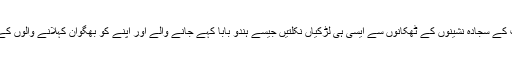
اگر اسلام میں بھی پردہ نہ ہوتا تو ہمارے بزرگوں کی خانقاہوں میں اور بزرگوں کے مزارات کے سجادہ نشینوں کے ٹھکانوں سے ایسی ہی لڑکیاں نکلتیں جیسے ہندو بابا کہے جانے والے اور اپنے کو بھگوان کہلانے والوں کے ڈیرہ سچا سودا یا احمد آباد کے باپ اور بیٹے یا دہلی کے بابا کے محلوں سے نکل رہی ہیں۔